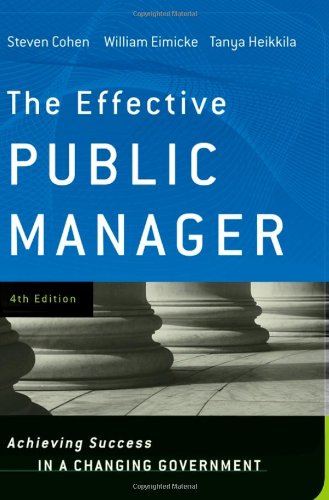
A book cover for The Effective Public Manager: Achieving Success in a Changing Government; Steven Cohen; Business & Money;